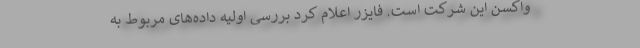
واکسن این شرکت است. فایزر اعلام کرد بررسی اولیه داده‌های مربوط به